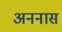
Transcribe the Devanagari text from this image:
अननास